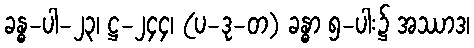
ခန္ဓ-ပါ-၂၃၊ ဋ္ဌ-၂၄၄၊ (ပ-ဒု-တ) ခန္ဓာ ၅-ပါး၌ အဿာဒ၊